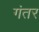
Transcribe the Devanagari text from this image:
गंतर